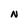
Character: N